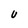
Character: U